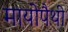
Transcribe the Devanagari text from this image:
मायोपैथी